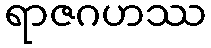
ရာဇဂဟဿ